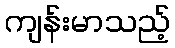
ကျန်းမာသည့်